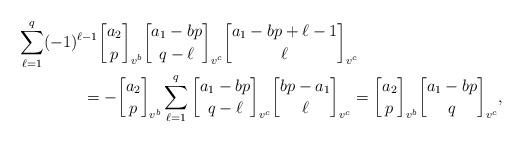
LaTeX: \begin{align*} &\sum\limits_{\ell=1}^q(-1)^{\ell-1}{a_2\brack p}_{v^b}{a_1-bp\brack q-\ell}_{v^c}{a_1-bp+\ell-1\brack \ell}_{v^c}\\ &\quad\quad\quad\quad=-{a_2\brack p}_{v^b}\sum\limits_{\ell=1}^q{a_1-bp\brack q-\ell}_{v^c}{bp-a_1\brack \ell}_{v^c}={a_2\brack p}_{v^b}{a_1-bp\brack q}_{v^c},\end{align*}